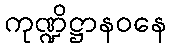
ကုဏ္ဍိဋ္ဌာနဝနေ